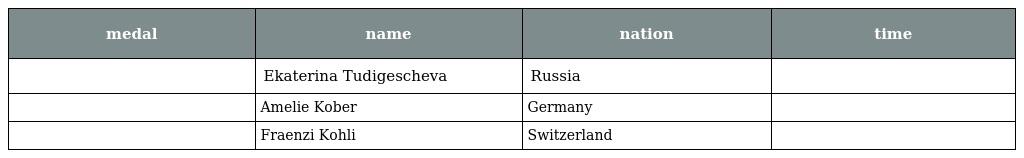
| medal | name | nation | time |
 | --- | --- | --- | --- |
 |  | Ekaterina Tudigescheva | Russia |  |
 |  | Amelie Kober | Germany |  |
 |  | Fraenzi Kohli | Switzerland |  |